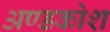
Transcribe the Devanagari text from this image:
अण्डकोश